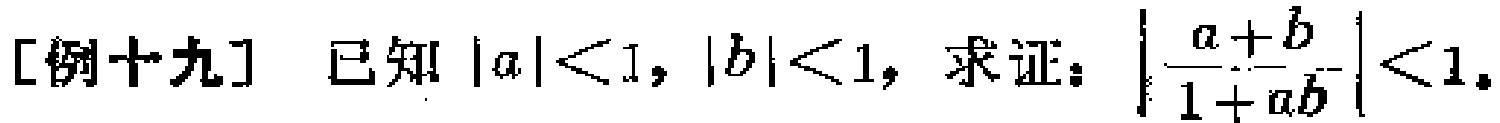
[例十九] 已知\(|a|<1,|b|<1\)，求证：\(\left|\frac{a + b}{1 + ab}\right|<1\)。